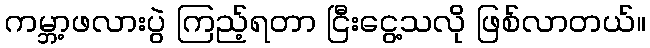
ကမ္ဘာ့ဖလားပွဲ ကြည့်ရတာ ငြီးငွေ့သလို ဖြစ်လာတယ်။